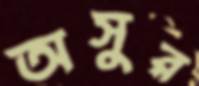
অসুর